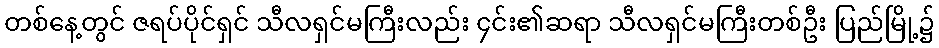
တစ်နေ့တွင် ဇရပ်ပိုင်ရှင် သီလရှင်မကြီးလည်း ၄င်း၏ဆရာ သီလရှင်မကြီးတစ်ဦး ပြည်မြို့၌